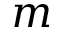
m